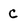
Character: C